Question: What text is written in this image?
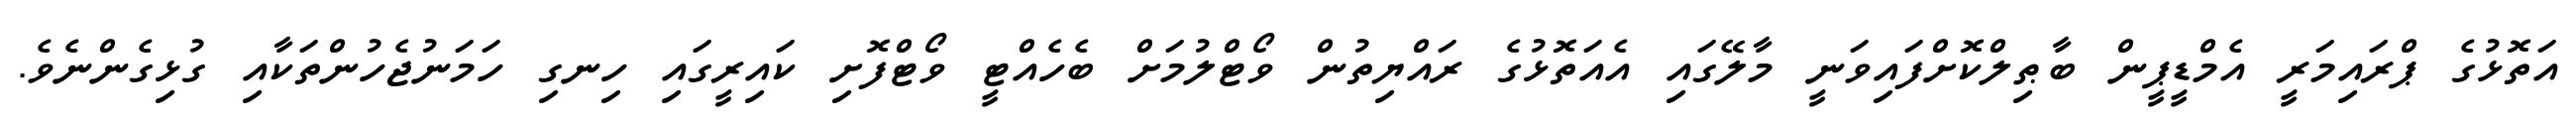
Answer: އަތޮޅުގެ ޕްރައިމަރީ އެމްޑީޕީން ބާޠިލްކޮށްފައިވަނީ މާލޭގައި އެއަތޮޅުގެ ރައްޔިތުން ވޯޓްލުމަށް ބެހެއްޓީ ވޯޓްފޮށި ކައިރީގައި ހިނގި ހަމަނުޖެހުންތަކާއި ގުޅިގެންނެވެ.